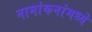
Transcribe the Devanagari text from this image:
नामांकनांमध्ये